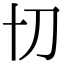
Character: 𭃄